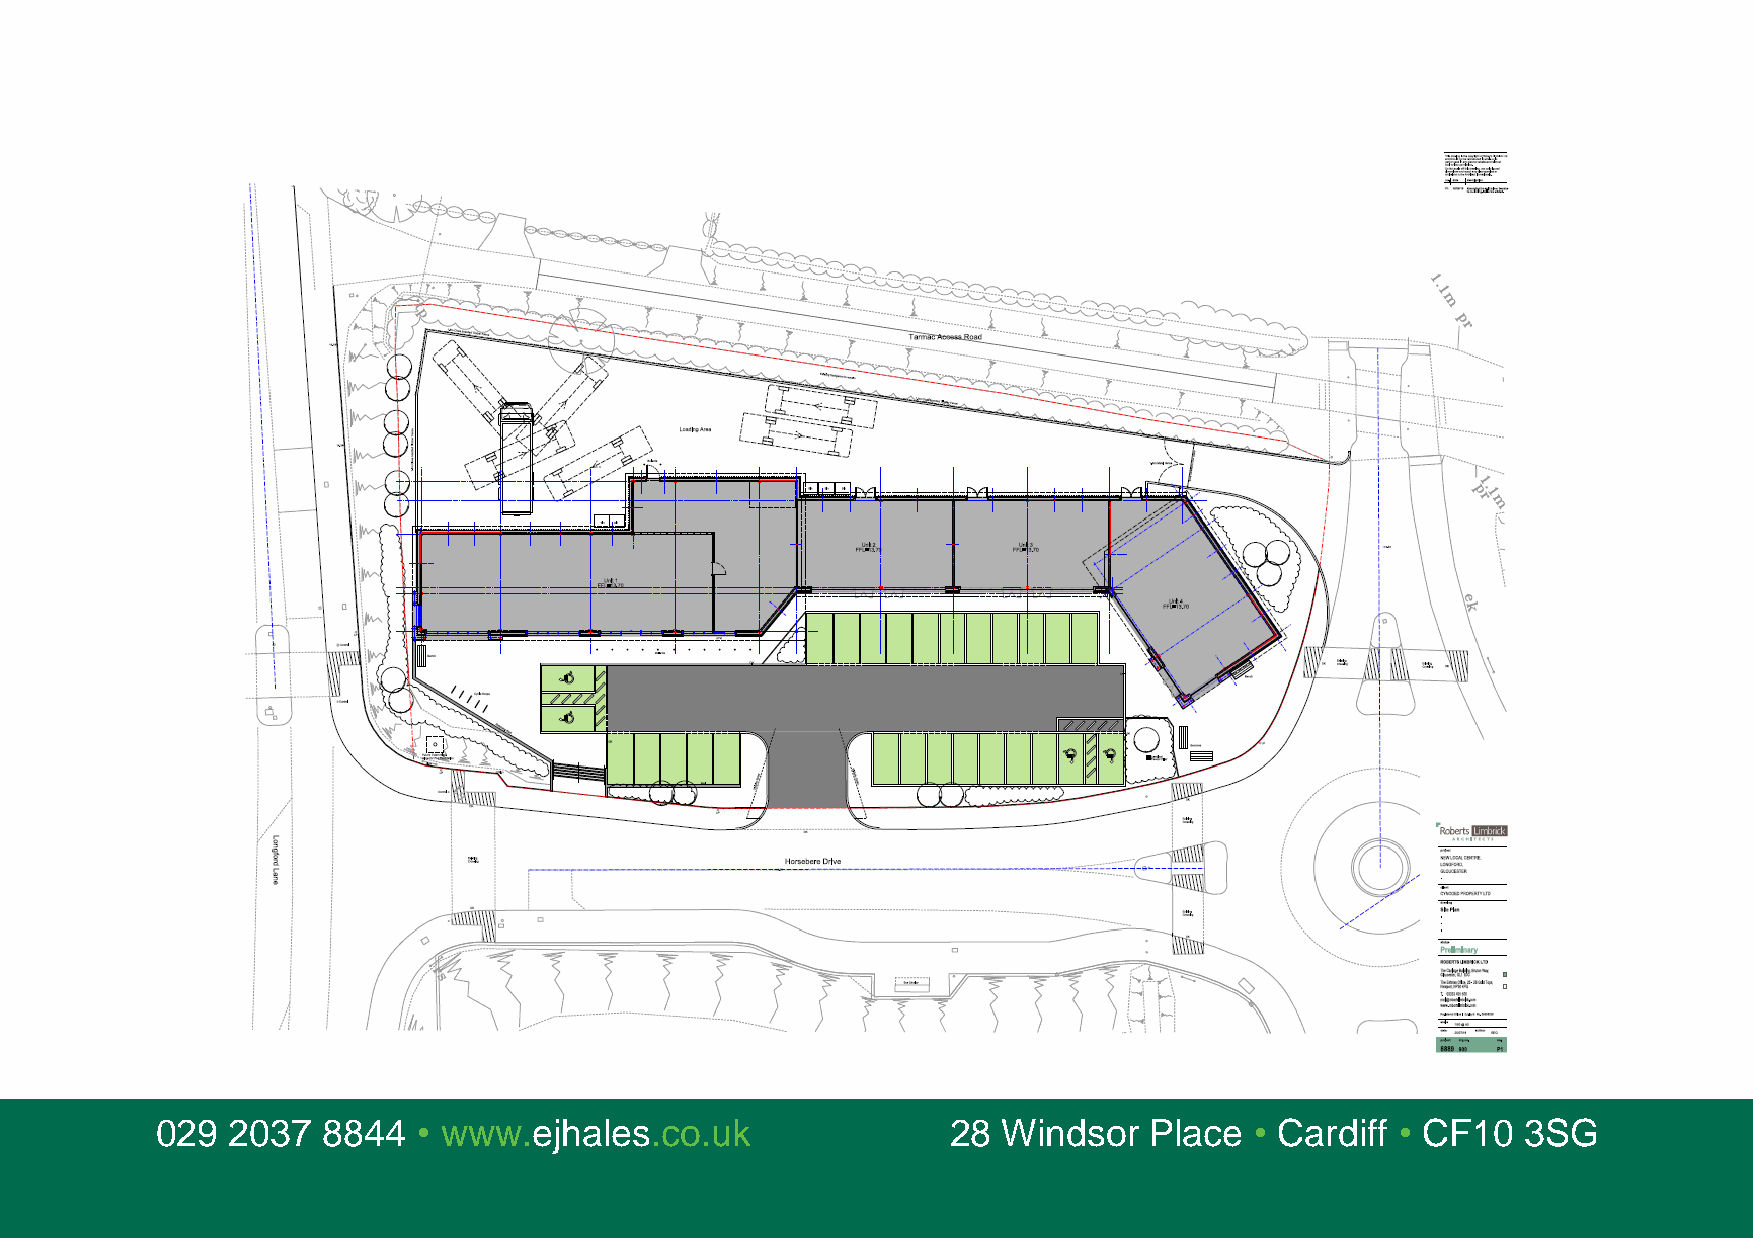
029  2037  8844   • www.ejhales.co.uk                28 Windsor   Place  • Cardiff • CF10  3SG